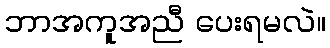
ဘာအကူအညီ ပေးရမလဲ။